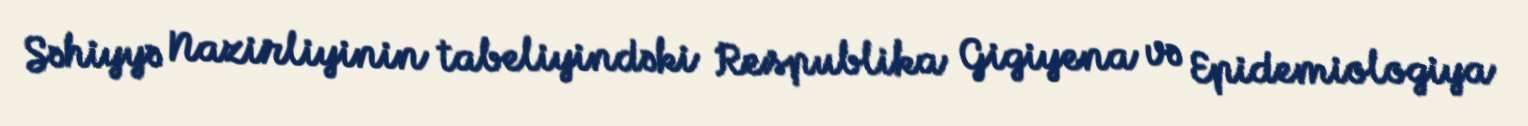
Səhiyyə Nazirliyinin tabeliyindəki Respublika Gigiyena və Epidemiologiya